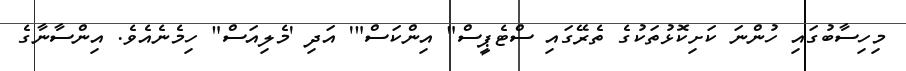
މިހިސާބުގައި ހުންނަ ކަށިކޮޅުތަކުގެ ތެރޭގައި ސްޓެޕީސް" އިންކަސް"' އަދި 'މެލިއަސް" ހިމެނެއެވެ. އިންސާނާގެ